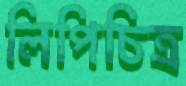
লিপিচিত্র